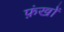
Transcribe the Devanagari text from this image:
फ़ंखों